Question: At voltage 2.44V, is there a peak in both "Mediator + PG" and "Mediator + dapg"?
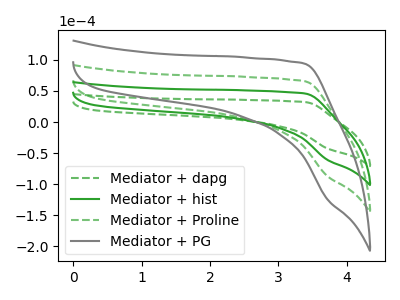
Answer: <think>The green dashed curve "Mediator + dapg" has no peaks. The green curve "Mediator + hist" has no peaks. The green dashed curve "Mediator + Proline" has no peaks. The gray curve "Mediator + PG" has no peaks.</think>
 <answer>No, "Mediator + PG" and "Mediator + dapg" dont share a peak at 2.44V.</answer>
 <eval>mismatch</eval>